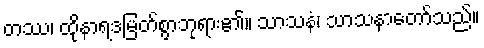
တဿ၊ ထိုနာရဒမြတ်စွာဘုရား၏။ သာသနံ၊ သာသနာတော်သည်။